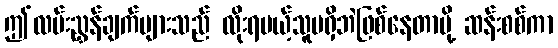
ဤလမ်းညွှန်ချက်များသည် လိုးရမယ့်သူမရှိဘဲဖြစ်နေတာမို့ ဆန်းစစ်ကာ